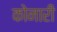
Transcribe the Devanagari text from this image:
कोनारी